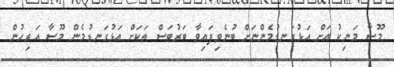
މޫސާ މަނިކު އަށް އަޅުގަނޑުމެންނަށް ބުނެވިފައިވާ ބަރުބަސް ތަކަށް އަޅުގަނޑުމެން މޫސާ އަރިހުން